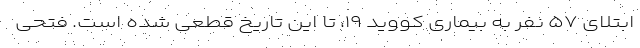
ابتلای ۵۷ نفر به بیماری کووید ۱۹، تا این تاریخ قطعی شده است. فتحی